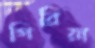
গিরিয়া